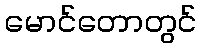
မောင်တောတွင်